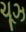
ચૂઝ